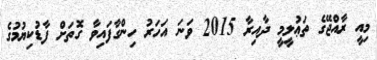
މިއީ ރާއްޖޭގެ ތަޢުލީމީ ދާއިރާ 2015 ވަނަ އަހަރު ހިންގާފައިވާ ގޮތަށް ފާޑުކިޔުމުގެ